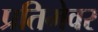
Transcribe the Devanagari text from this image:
प्रतिमेवर